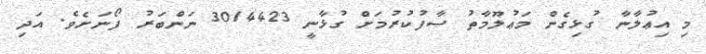
މި އިޢުލާނާ ގުޅިގެން މަޢުލޫމާތު ސާފުކުރުމަށް ގުޅާނީ 3014423 ނަންބަރު ފޯނަށެވެ. އަދި